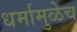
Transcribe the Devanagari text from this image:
धर्मामुळेच